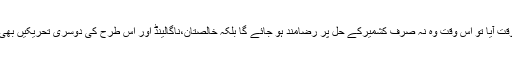
اگر کبھی بھارت پر ایسا وقت آیا تو اس وقت وہ نہ صرف کشمیرکے حل پر رضامند ہو جائے گا بلکہ خالصتان،ناگالینڈ اور اس طرح کی دوسری تحریکیں بھی ایک حقیقت بن جائیں گی۔